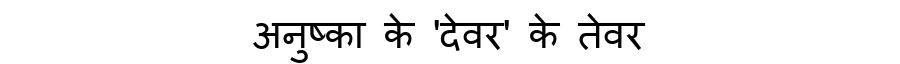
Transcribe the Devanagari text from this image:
अनुष्का के 'देवर' के तेवर